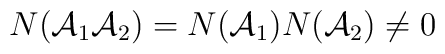
N({\cal A}_{1} {\cal A}_{2})= N({\cal A}_{1})N({\cal A}_{2})\neq 0